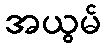
အယွမ်